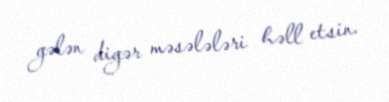
gələn digər məsələləri həll etsin.